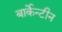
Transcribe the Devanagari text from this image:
बार्केन्टीन